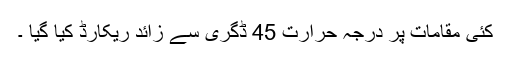
کئی مقامات پر درجہ حرارت 45 ڈگری سے زائد ریکارڈ کیا گیا ۔